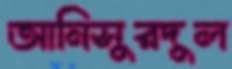
আনিসুরদুল